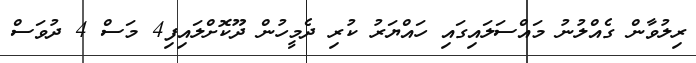
ރިލުވާން ގެއްލުނު މައްސަލައިގައި ހައްޔަރު ކުރި ދެމީހުން ދޫކޮށްލައިފި4 މަސް 4 ދުވަސް